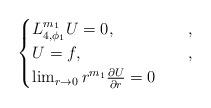
LaTeX: \begin{align*}\begin{cases}L_{4,\phi_1}^{m_1} U = 0, & \quad, \\U = f, & \quad, \\\lim_{r\to0}r^{m_1}\frac{\partial U}{\partial r} = 0\end{cases}\end{align*}